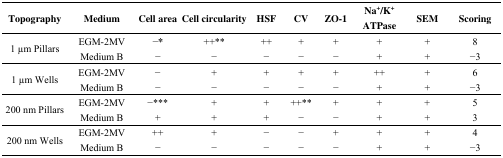
| Topography | Medium | Cell area | Cell circularity | HSF | CV | ZO-1 | Na+/K+ ATPase | SEM | Scoring |
 | --- | --- | --- | --- | --- | --- | --- | --- | --- | --- |
 | <ROWSPAN=2> 1 μm Pillars | EGM-2MV | −* | ++** | ++ | + | + | + | + | 8 |
 | Medium B | − | − | − | − | − | + | + | −3 |
 | <ROWSPAN=2> 1 μm Wells | EGM-2MV | − | + | + | + | + | ++ | + | 6 |
 | Medium B | − | − | − | − | − | + | + | −3 |
 | <ROWSPAN=2> 200 nm Pillars | EGM-2MV | −*** | + | + | ++** | + | + | + | 5 |
 | Medium B | + | + | + | − | − | + | + | 3 |
 | <ROWSPAN=2> 200 nm Wells | EGM-2MV | ++ | + | − | − | + | + | + | 4 |
 | Medium B | − | − | − | − | − | + | + | −3 |